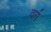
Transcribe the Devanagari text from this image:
वग॔